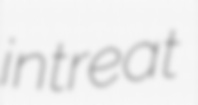
intreat